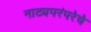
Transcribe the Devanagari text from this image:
नाट्यपरंपरेचे